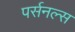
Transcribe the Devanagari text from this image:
पर्सनल्स